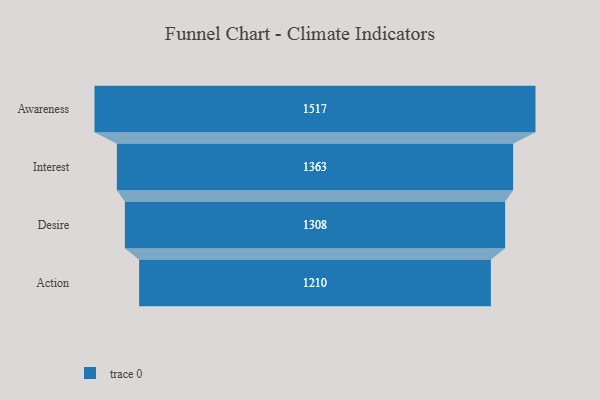
{"axis": {"x": "Stage", "y": "Value"}, "legend": [""], "data": [{"x": "Awareness", "y": 1517.0, "type": ""}, {"x": "Interest", "y": 1363.0, "type": ""}, {"x": "Desire", "y": 1308.0, "type": ""}, {"x": "Action", "y": 1210.0, "type": ""}]}